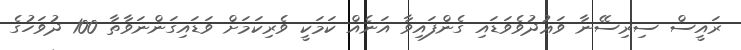
ރައީސް ސިރިސޭނާ ވަޢުދުވެވަޑައި ގެންފައިވާ އަނެއް ކަމަކީ ވެރިކަމަށް ވަޑައިގަންނަވާތާ 100 ދުވަހުގެ